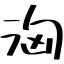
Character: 洶